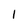
Character: 1